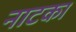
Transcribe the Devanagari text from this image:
नाटका